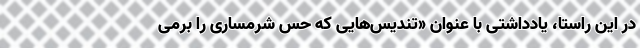
در این راستا، یادداشتی با عنوان «تندیس‌هایی که حس شرمساری را برمی